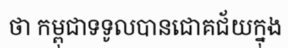
ថា កម្ពុជាទទូលបានជោគជ័យក្នុង